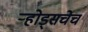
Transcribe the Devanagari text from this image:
ऱ्होड्सचेच